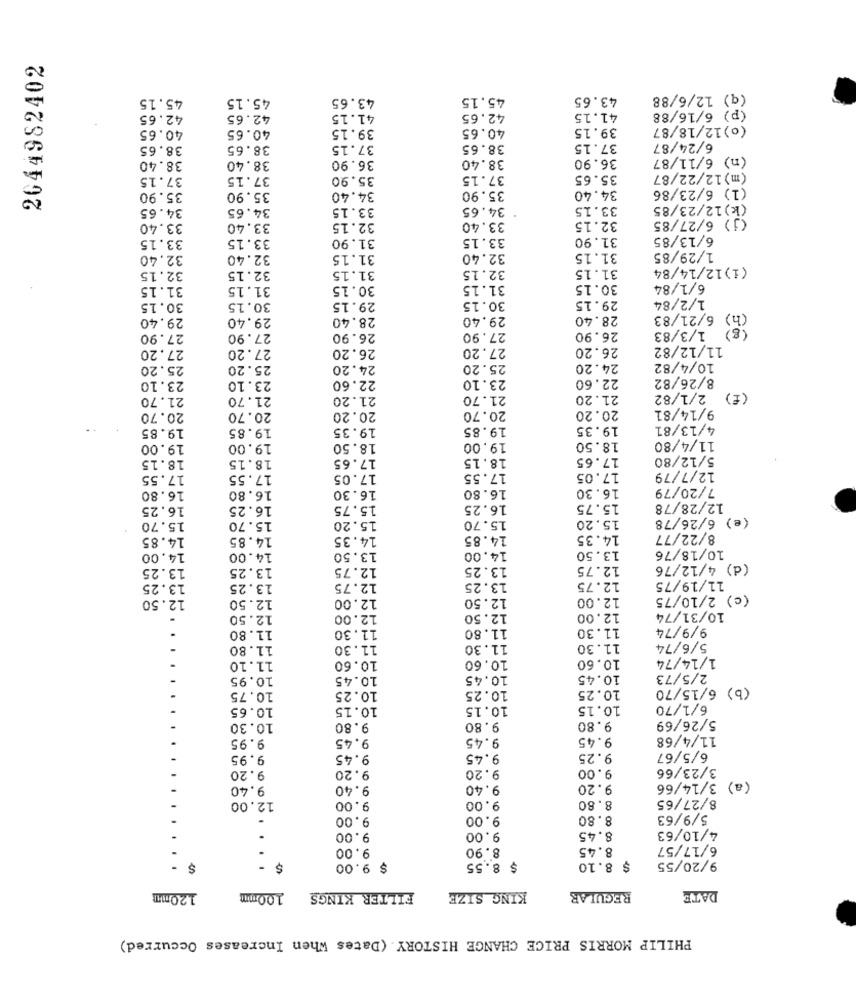
2044982402
45.15
45.15
43.65
45.15
43.65
(q) 12/6/88
42.65
42.65
41.15
42.65
41.15
(p) 6/16/88
40.65
40.65
39.15
40.65
39.15
(0) 12/18/87
38.65
38.65
37.15
38.65
37.15
6/24/87
38.40
36.90
(n) 6/11/87
38.40
38.40
36.90
37.15
37.15
35.90
37.15
35.65
(m) 12/22/87
35.90
34.40
(1) 6/23/86
35.90
35.90
34.40
34.65
34.65
33.15
34.65
33.15
(k)12/23/85
(j) 6/27/85
33.40
33.40
32.15
33.40
32.15
33.15
31.90
33.15
31.90
6/13/85
33.15
32.40
32.40
31.15
32.40
31.15
1/29/85
32.15
31.15
(1) 12/14/84
32.15
32.15
31.15
31.15
31.15
30.15
31.15
30.15
6/1/84
1/2/84
30.15
30.15
29.15
30.15
29.15
29.40
29.40
28.40
29.40
28.40
(h) 6/21/83
(g) 1/3/83
27.90
27.90
26.90
27.90
26.90
27.20
27.20
26.20
27.20
26.20
11/12/82
25.20
25.20
24.20
25.20
24.20
10/4/82
22.60
23.10
22.60
8/26/82
23.10
23.10
21.70
21.70
21.20
21.70
21.20
2/1/82
(f)
9/14/81
20.70
20.70
20.20
20.70
20.20
19.85
19.85
19.35
19.85
19.35
4/13/81
19.00
19.00
18.50
19.00
18.50
11/4/80
18.15
18.15
17.65
18.15
17.65
5/12/80
17.55
17.55
17.05
17.55
17.05
12/7/79
16.80
16.30
16.80
16.30
7/20/79
16.80
16.25
16.25
15.75
16.25
15.75
12/28/78
15.70
15.20
(e) 6/26/78
15.70
15.20
15.70
14.85
14.85
14.35
14.85
14.35
8/22/77
10/18/76
14.00
14.00
13.50
14.00
13.50
13.25
13.25
12.75
13.25
12.75
(d) 4/12/76
13.25
13.25
12.75
13.25
12.75
11/19/75
12.50
12.50
12.00
12.50
12.00
(c) 2/10/75
12.50
12.00
12.50
12.00
10/31/74
11.80
11.30
11.80
11.30
9/9/74
WWNN
11.80
11.30
11.30
11.30
5/6/74
10.60
10.60
1/14/74
11.10
10.60
10.95
10.45
10.45
10.45
2/5/73
10.25
10.25
(b) 6/15/70
10.75
10.25
10.65
10.15
10.15
10.15
6/1/70
5/26/69
10.30
9.80
9.80
9.80
9.95
9.45
9.45
9.45
11/4/68
9.95
9.45
9.45
9.25
6/5/67
9.20
9.20
9.00
3/23/66
9.20
9.40
9.40
9.40
9.20
(a) 3/14/66
12.00
8.80
8/27/65
9.00
9.00
9.00
9.00
8.80
5/9/63
4/10/63
9.00
9.00
8.45
9.00
8.90
8.45
6/17/57
S
$ 9.00
$ 8.55
$ 8.10
9/20/55
120mm
100mm
FILTER KINGS
KING SIZE
REGULAR
DATE
PHILIP MORRIS PRICE CHANGE HISTORY. (Dates When Increases Occurred)